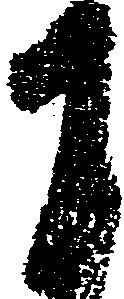
于